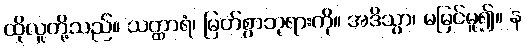
ထိုလူတို့သည်။ သတ္ထာရံ၊ မြတ်စွာဘုရားကို။ အဒိသွာ၊ မမြင်မူ၍။ န